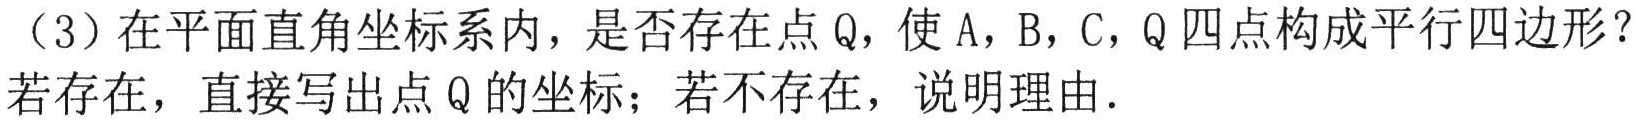
（3）在平面直角坐标系内，是否存在点\(Q\)，使\(A\)，\(B\)，\(C\)，\(Q\)四点构成平行四边形？若存在，直接写出点\(Q\)的坐标；若不存在，说明理由.